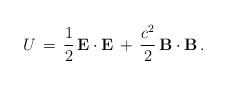
LaTeX: \begin{align*}U\, =\, \frac{1}{2}\, {\bf E} \cdot {\bf E}\, +\, \frac{c^{2}}{2}\, {\bf B}\cdot {\bf B}\, .\end{align*}